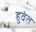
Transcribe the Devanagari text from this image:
हुवंत